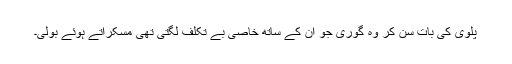
پلوی کی بات سن کر وہ گوری جو ان کے ساتھ خاصی بے تکلف لگتی تھی مسکراتے ہوئے بولی۔